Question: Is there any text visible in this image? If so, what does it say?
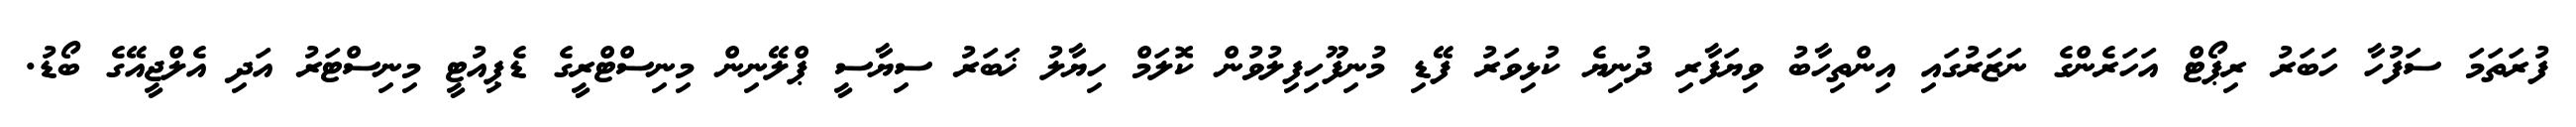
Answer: ފުރަތަމަ ސަފުހާ ހަބަރު ރިޕޯޓް އަހަރެންގެ ނަޒަރުގައި އިންތިހާބު ވިޔަފާރި ދުނިޔެ ކުޅިވަރު ފޭޑި މުނިފޫހިފިލުވުން ކޮލަމް ހިޔާލު ޚަބަރު ސިޔާސީ ޕްލޭނިން މިނިސްޓްރީގެ ޑެޕިއުޓީ މިނިސްޓަރު އަދި އެލްޖީއޭގެ ބޯޑު.